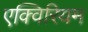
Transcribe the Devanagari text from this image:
एक्विरियम